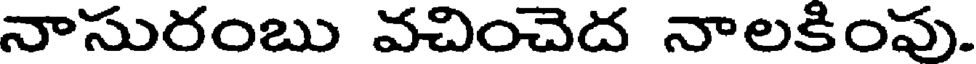
నాసురంబు వచించెద నాలకింపు.